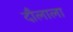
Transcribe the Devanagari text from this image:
दौलाला